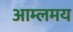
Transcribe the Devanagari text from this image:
आम्लमय